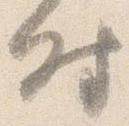
時